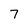
Character: 7